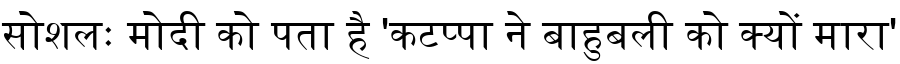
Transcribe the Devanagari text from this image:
सोशलः मोदी को पता है 'कटप्पा ने बाहुबली को क्यों मारा'